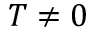
T \neq 0